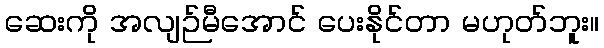
ဆေးကို အလျဉ်မီအောင် ပေးနိုင်တာ မဟုတ်ဘူး။